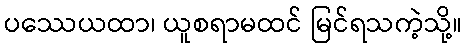
ပဿေယထာ၊ ယူစရာမထင် မြင်ရသကဲ့သို့။